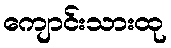
ကျောင်းသားထု